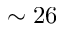
\sim 2 6